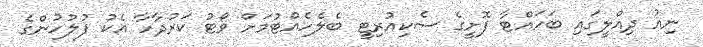
ނިއު ދިއްލީގައި ބަހައްޓާ ފޮށީގެ ސެކިއުރިޓީ ބެލެހެއްޓުމަށް ވޯޓު ކަރުދާހާ އެކު ފުލުހުންގެ